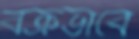
বক্রভাবে